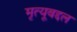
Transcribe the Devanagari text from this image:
मृत्यूबद्दल